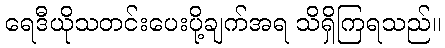
ရေဒီယိုသတင်းပေးပို့ချက်အရ သိရှိကြရသည်။